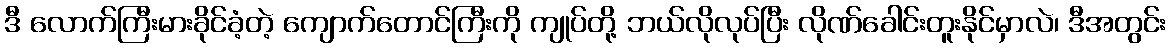
ဒီ လောက်ကြီးမားခိုင်ခံ့တဲ့ ကျောက်တောင်ကြီးကို ကျုပ်တို့ ဘယ်လိုလုပ်ပြီး လိုဏ်ခေါင်းတူးနိုင်မှာလဲ၊ ဒီအတွင်း